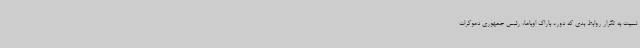
نسبت به تکرار روابط بدی که دوره باراک اوباما، رئیس جمهوری دموکرات